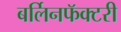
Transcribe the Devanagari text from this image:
बर्लिनफॅक्टरी